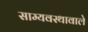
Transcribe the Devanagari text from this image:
साम्यवस्थावाले